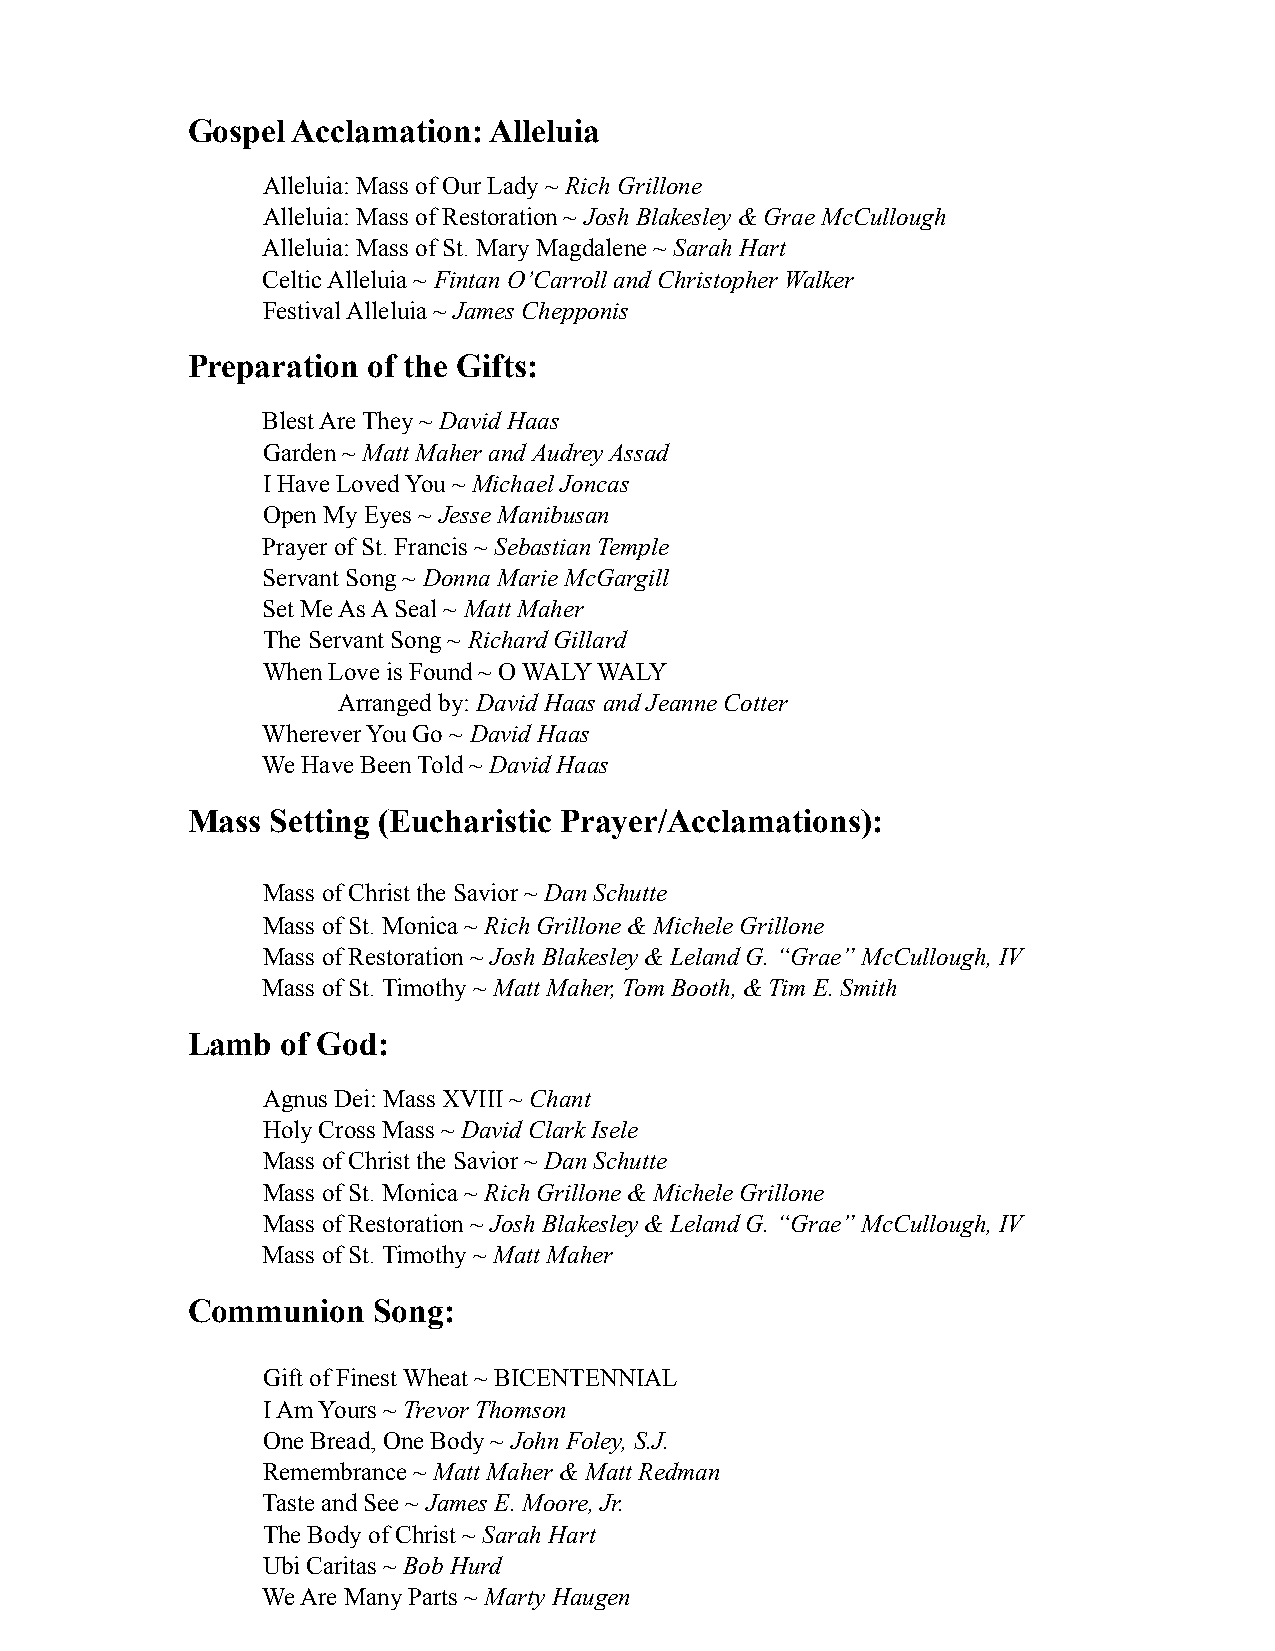
Gospel Acclamation: Alleluia
 Alleluia: Mass of Our Lady ~ Rich Grillone
 Alleluia: Mass of Restoration ~ Josh Blakesley & Grae McCullough
 Alleluia: Mass of St. Mary Magdalene ~ Sarah Hart
 Celtic Alleluia ~ Fintan O’Carroll and Christopher Walker
 Festival Alleluia ~ James Chepponis
 Preparation of the Gifts:
 Blest Are They ~ David Haas
 Garden ~ Matt Maher and Audrey Assad
 I Have Loved You ~ Michael Joncas
 Open My Eyes ~ Jesse Manibusan
 Prayer of St. Francis ~ Sebastian Temple
 Servant Song ~ Donna Marie McGargill
 Set Me As A Seal ~ Matt Maher
 The Servant Song ~ Richard Gillard
 When Love is Found ~ O WALY WALY
 Arranged by: David Haas and Jeanne Cotter
 Wherever You Go ~ David Haas
 We Have Been Told ~ David Haas
 Mass  Setting (Eucharistic Prayer/Acclamations):
 Mass of Christ the Savior ~ Dan Schutte
 Mass of St. Monica ~ Rich Grillone & Michele Grillone
 Mass of Restoration ~ Josh Blakesley & Leland G. “Grae” McCullough, IV
 Mass of St. Timothy ~ Matt Maher, Tom Booth, & Tim E. Smith
 Lamb   of God:
 Agnus Dei: Mass XVIII ~ Chant
 Holy Cross Mass ~ David Clark Isele
 Mass of Christ the Savior ~ Dan Schutte
 Mass of St. Monica ~ Rich Grillone & Michele Grillone
 Mass of Restoration ~ Josh Blakesley & Leland G. “Grae” McCullough, IV
 Mass of St. Timothy ~ Matt Maher
 Communion    Song:
 Gift of Finest Wheat ~ BICENTENNIAL
 I Am Yours ~ Trevor Thomson
 One Bread, One Body ~ John Foley, S.J.
 Remembrance ~ Matt Maher & Matt Redman
 Taste and See ~ James E. Moore, Jr.
 The Body of Christ ~ Sarah Hart
 Ubi Caritas ~ Bob Hurd
 We Are Many Parts ~ Marty Haugen